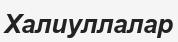
Халиуллалар